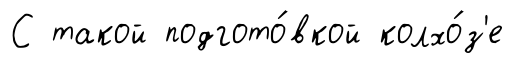
С такой подгото́вкой колхо́з'е